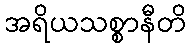
အရိယသစ္စာနီတိ